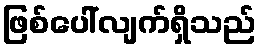
ဖြစ်ပေါ်လျက်ရှိသည်